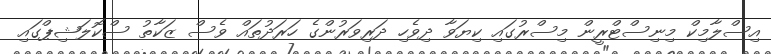
އިސްލާމިކް މިނިސްޓްރީން މިސްރުގައި ކިޔަވާ ދިވެހި ދަރިވަރުންގެ ހަރަދުތައް ވެސް ޒަކާތު ސްކޮލަޝިޕްގައި